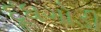
દૂધગોડી